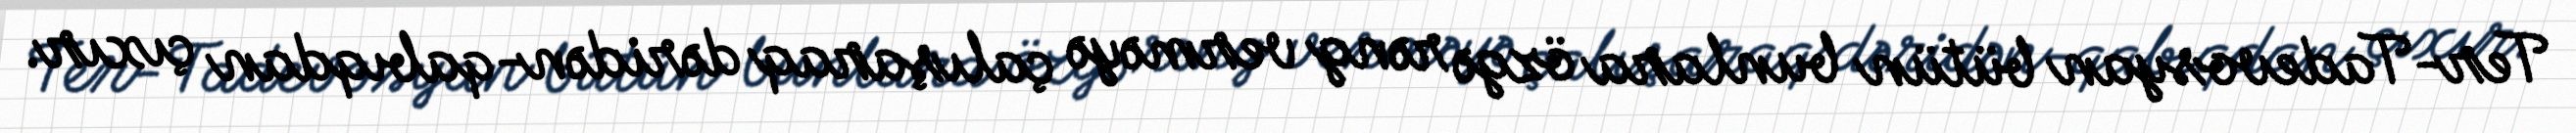
Ter-Tadevosyan bütün bunlara özgə rəng verməyə çalışaraq dəridən-qabıqdan çıxır.